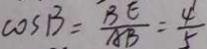
\cos B = \frac { B E } { A B } = \frac { 4 } { 5 }